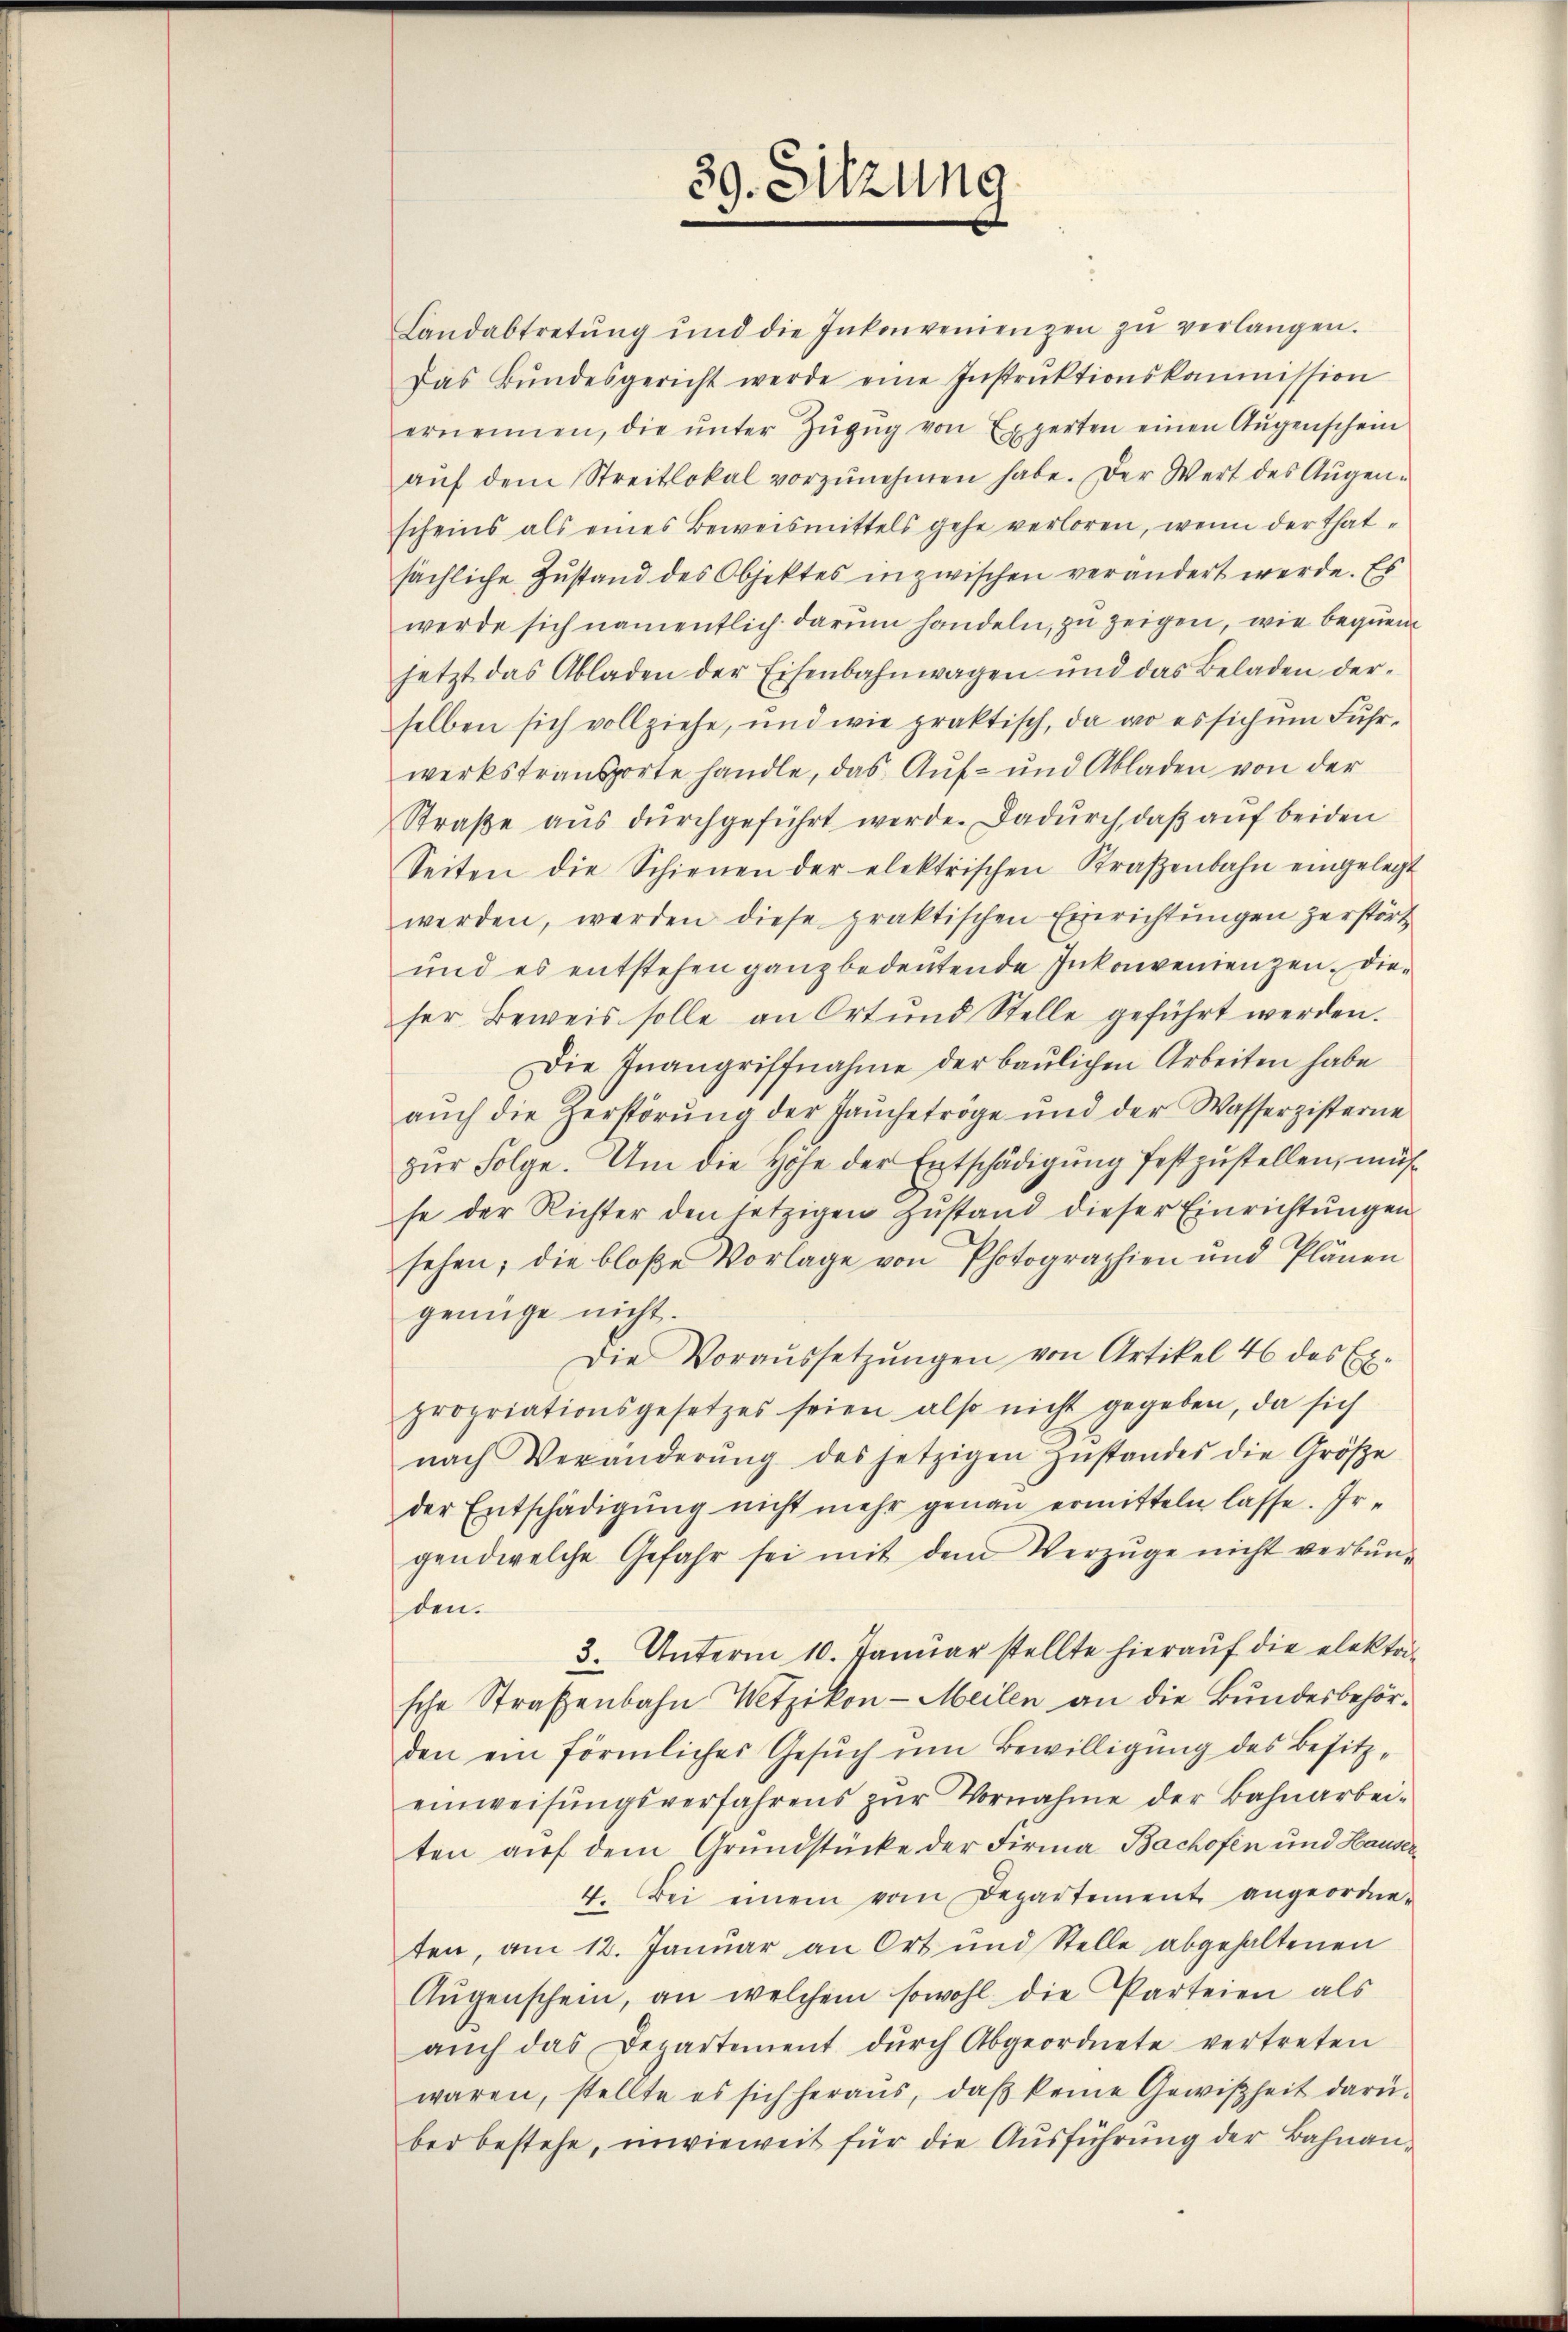
39. Sitzung

Landabtretŭng und die Inkonvenienzen zŭ verlangen.
Das Bŭndesgericht werde eine Instrŭktionskommission
ernennen, die ŭnter Zŭzŭg von Experten einen Aŭgenschein
aŭf dem Streitlokal vorzŭnehmen habe. Der Wert des Augenscheins als eines Beweismittels gehe verloren, wenn der Thatsächliche Zustand des Objektes inzwischen verändert werde. Es
werde sich namentlich darum handeln, zu zeigen, wie bequen
jetzt das Abladen der Eisenbahnwagen und das Beladen der-
selben sich vollziehe, und wie praktisch, da wo es sich um Fuhrwerkstransporte handle, das Auf- und Abladen von der
Straße aus durchgeführt werde. Dadurch, daß auf beiden
Seiten die Schienen der elektrischen Straβenbahn eingelegt
werden, werden diese praktischen Einrichtŭngen zerstört
und es entstehen ganz bedeutende Inkonvenienzen. Dieser Beweis solle an Ort und Stelle geführt werden.
Die Inangriffnahme der baulichen Arbeiten habe
aŭch die Zerstörŭng der Jaŭchetröge und der Wasserzisterne
zŭr Folge. Um die Hohe der Entschädigung festzustellen, müsse der Richter den letzigen Zŭstand dieser Einrichtŭngen
sehen; die bloße Vorlage von Photographien und Plänen
genüge nicht.
Die Voraŭssetzŭngen von Artikel 46 des Ex-
propriationsgesetzes seien also nicht gegeben, da sich
nach Veränderŭng des jetzigen Zŭstandes die Größe
der Entschädigung nicht mehr genau ermitteln lasse. Irgendwelche Gefahr sei mit dem Verzüge nicht verbŭn-
den.
3. Unterm 10. Januar stellte hierauf die elektri-
sche Straßenbahn Wetzikon-Meilen an die Bundesbehörden ein förmliches Gesŭch um Bewilligung des Besitzeinweisŭngsverfahrens zŭr Vornahme der Bahnarbei-
ten auf dem Grundstücke der Firma Bachofen und Hauser
4. Bei einem vom Departement angeordne-
ten, am 12. Januar an Ort und Stelle abgehaltenen
Aŭgenschein, an welchem sowohl die Parteien als
aŭch das Departement dŭrch Abgeordnete vertreten
waren, stellte es sich heraus, daß keine Gewißheit darübei bestehe, unwieweit für die Ausführung der Bahnan¬